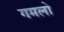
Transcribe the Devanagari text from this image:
गमलो